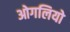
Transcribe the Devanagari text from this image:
ओगलियो